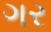
ગર